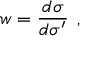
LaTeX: w = { \frac { d \sigma } { d \sigma ^ { \prime } } } \; \, ,